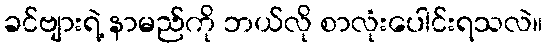
ခင်ဗျားရဲ့ နာမည်ကို ဘယ်လို စာလုံးပေါင်းရသလဲ။